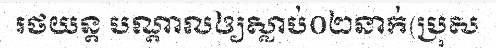
រថយន្ត បណ្តាលឲ្យស្លាប់០២នាក់(ប្រុស